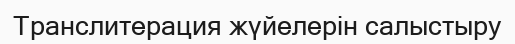
Транслитерация жүйелерін салыстыру